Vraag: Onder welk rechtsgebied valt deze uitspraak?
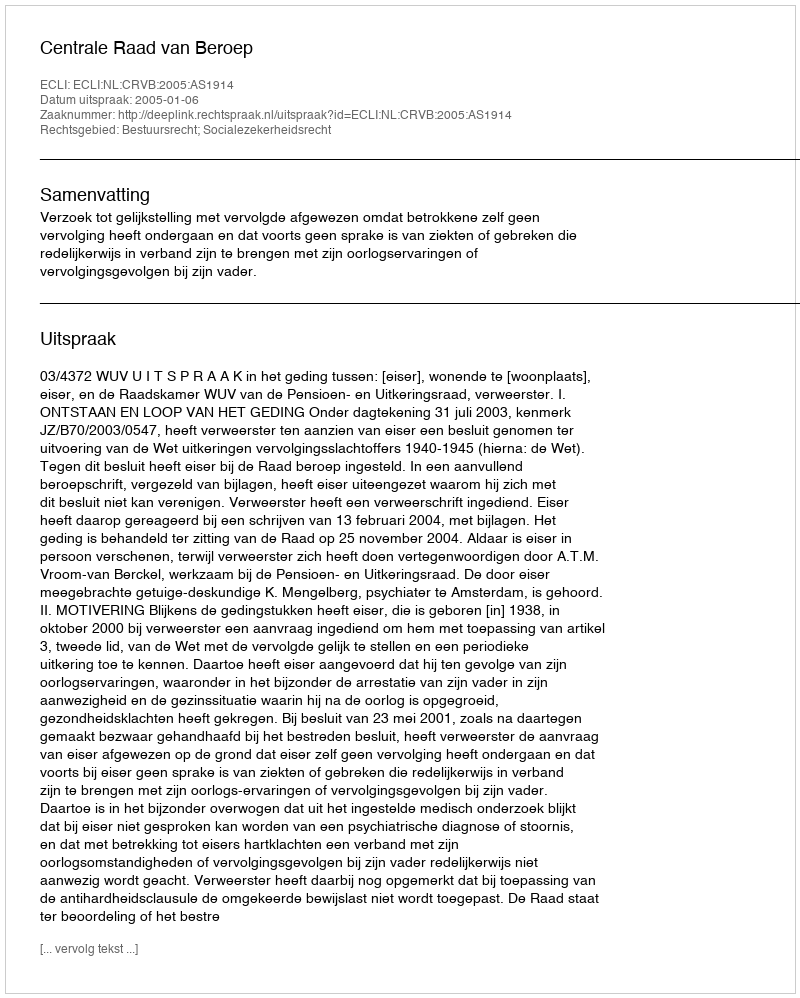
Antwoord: Bestuursrecht; Socialezekerheidsrecht